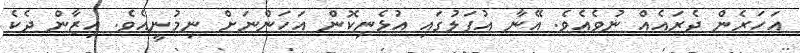
އަހަރެން ދެރައެއް ނުވެއެވެ. އޭނާ އުފަލުގައި އުޅެނިކޮން އަހަންނަށް ނިމުނީއެވެ. އިޒާން ދެކެ